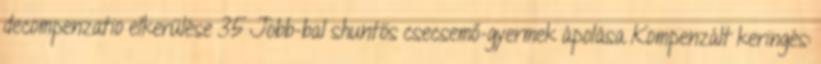
decompenzatio elkerülése 35 Jobb-bal shuntös csecsemő-gyermek ápolása Kompenzált keringés: